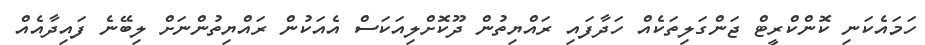
ހަމައެކަނި ކޮންކްރީޓް ޖަންގަލިތަކެއް ހަދާފައި ރައްޔިތުން ދޫކޮށްލިއަކަސް އެއަކުން ރައްޔިތުންނަށް ލިބޭނެ ފައިދާއެއް